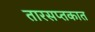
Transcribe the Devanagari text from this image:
तारसप्तकात